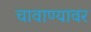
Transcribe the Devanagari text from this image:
चावाण्यावर